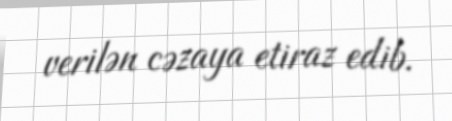
verilən cəzaya etiraz edib.